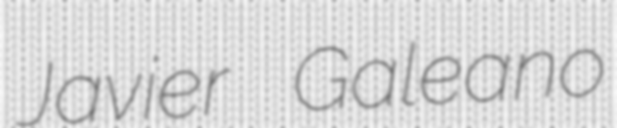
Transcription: Javier Galeano